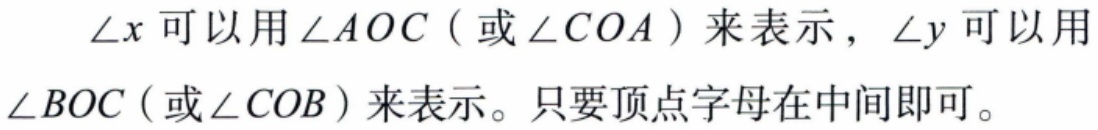
\(\angle x\)可以用\(\angle AOC\)（或\(\angle COA\)）来表示，\(\angle y\)可以用\(\angle BOC\)（或\(\angle COB\)）来表示。只要顶点字母在中间即可。